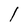
Character: l